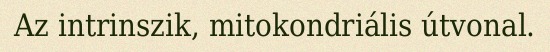
Az intrinszik, mitokondriális útvonal.